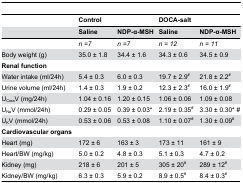
<table><thead><tr><td></td><td colspan="2"><b>Control</b></td><td colspan="2"><b>DOCA-salt</b></td></tr><tr><td></td><td><b>Saline</b></td><td><b>NDP-α-MSH</b></td><td><b>Saline</b></td><td><b>NDP-α-MSH</b></td></tr></thead><tbody><tr><td></td><td><i>n =7</i></td><td><i>n =7</i></td><td><i>n = 12</i></td><td><i>n = 11</i></td></tr><tr><td>Body weight (g) </td><td>35.0 ± 1.8</td><td>34.4 ± 1.6</td><td>34.3 ± 0.6</td><td>34.5 ± 0.9</td></tr><tr><td><b>Renal function</b></td><td></td><td></td><td></td><td></td></tr><tr><td>Water intake (ml/24h)</td><td>5.4 ± 0.3</td><td>6.0 ± 0.3</td><td>19.7 ± 2.9<sup>#</sup></td><td>21.8 ± 2.2<sup>#</sup></td></tr><tr><td>Urine volume (ml/24h)</td><td>1.4 ± 0.3</td><td>1.9 ± 0.2</td><td>12.3 ± 2.3<sup>#</sup></td><td>16.0 ± 1.9<sup>#</sup></td></tr><tr><td>U<sub>Crea</sub>V (mg/24h)</td><td>1.04 ± 0.16</td><td>1.20 ± 0.15</td><td>1.06 ± 0.06</td><td>1.09 ± 0.08</td></tr><tr><td>U<sub>Na</sub>V (mmol/24h)</td><td>0.29 ± 0.05</td><td>0.39 ± 0.03*</td><td>2.19 ± 0.35<sup>#</sup></td><td>3.30 ± 0.30* #</td></tr><tr><td>U<sub>K</sub>V (mmol/24h)</td><td>0.53 ± 0.06</td><td>0.53 ± 0.08</td><td>1.10 ± 0.07<sup>#</sup></td><td>1.30 ± 0.09<sup>#</sup></td></tr><tr><td><b>Cardiovascular organs</b></td><td></td><td></td><td></td><td></td></tr><tr><td>Heart (mg)</td><td>172 ± 6</td><td>163 ± 3</td><td>173 ± 11</td><td>161 ± 9</td></tr><tr><td>Heart/BW (mg/kg)</td><td>5.0 ± 0.2</td><td>4.8 ± 0.3</td><td>5.1 ± 0.3</td><td>4.7 ± 0.2</td></tr><tr><td>Kidney (mg)</td><td>218 ± 6</td><td>201 ± 5</td><td>305 ± 20<sup>#</sup></td><td>289 ± 12<sup>#</sup></td></tr><tr><td>Kidney/BW (mg/kg)</td><td>6.3 ± 0.3</td><td>5.9 ± 0.2</td><td>8.9 ± 0.5<sup>#</sup></td><td>8.4 ± 0.3<sup>#</sup></td></tr></tbody></table>